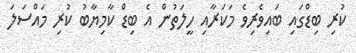
ކުރި ބިޑްގައި ބައިވެރިވެ މަކަރާއި ހީލަތުން އެ ބިިޑް ކާމިޔާބު ކުރި މައްސަލަ